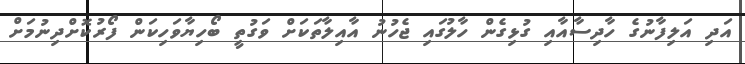
އަދި އަލިފާނުގެ ހާދިސާއާއި ގުޅިގެން ހާލުގައި ޖެހުނު އާއިލާތަކަށް ވަގުތީ ބޯހިޔާވަހިކަން ފޯރުކޮށްދިނުމަށް